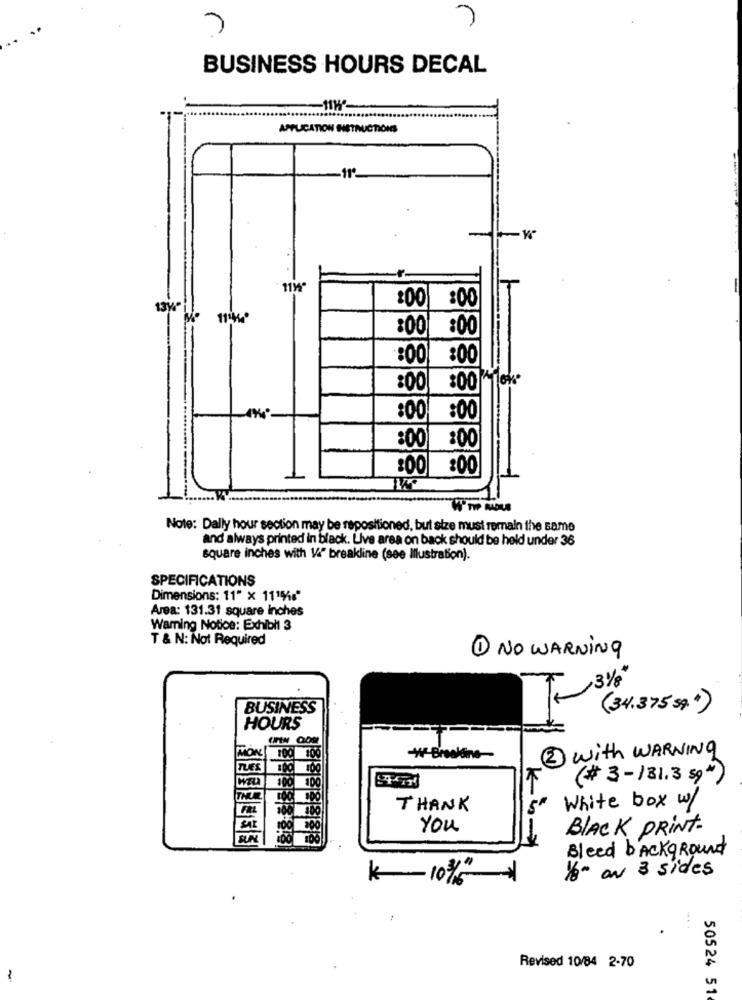
BUSINESS HOURS DECAL
APPLICATION HETAUCTIONS
11º
11W
:00
13Y"
:00
:00
:00
:00
:00
:00
:00
:00
:00
:00
:00
Note: Dally hour section may be repositioned, but size must remain the same
and always printed in black. Live area on back should be held under 36
square inches with 1/4" breakline (see Illustration).
SPECIFICATIONS
Dimensions: 11" x 11196"
Area: 131.31 square inches
Warning Notice: Exhibit 3
T & N: Not Required
1 NO WARNING
BUSINESS
(34.375 sq .* )
HOURS
MÓN
2 with WARNING
(# 3-131.3 59")
THANK
White box w/
200
you
BLACK PRINT-
RA
100
K --
Bleed background
16" on 3 sides
k
10%
....
Revised 10/84 2-70
-
50524 51